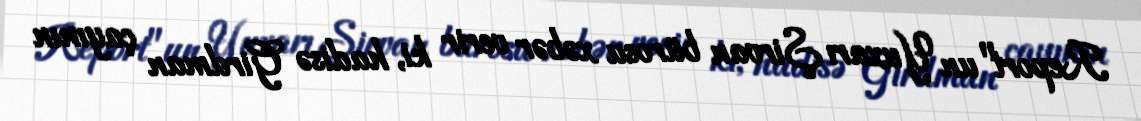
Report"un Yuxarı Şirvan bürosu xəbər verir ki, hadisə Girdman çayının